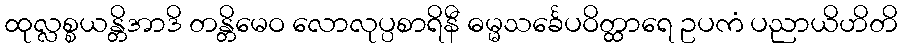
ထုလ္လစ္စယန္တိအာဒိ တန္တိမေဝ လောလုပ္ပစာရိနီ ဓမ္မသင်္ခေပဝိတ္ထာရေ ဥပကံ ပညာယိဟိတိ